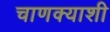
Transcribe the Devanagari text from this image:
चाणक्याशी